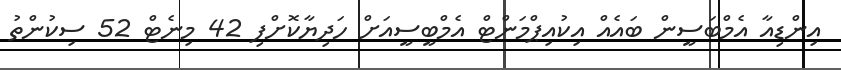
އިންޑިއާ އެމްބަސީން ބައެއް އިކުއިޕްމަންޓް އެމްބީސީއަށް ހަދިޔާކޮށްފި 42 މިނެޓް 52 ސިކުންތު